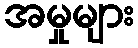
အမှုများ